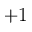
+ 1